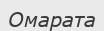
Омарата